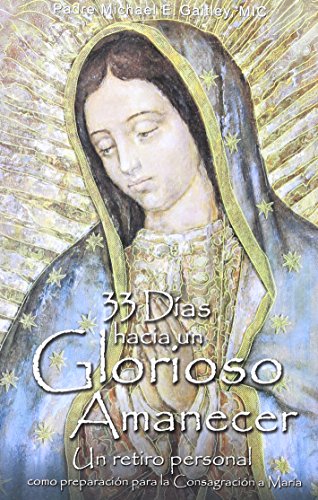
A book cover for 33 Dias Hacia Un Glorioso Amanecer (Spanish Edition); Fr Michael Gaitley; Religion & Spirituality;